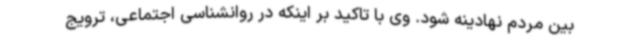
بین مردم نهادینه شود. وی با تاکید بر اینکه در روانشناسی اجتماعی، ترویج